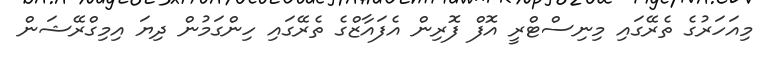
މިއަހަރުގެ ތެރޭގައި މިނިސްޓްރީ އޮފް ފޮރިން އެފައާޒްގެ ތެރޭގައި ހިންގަމުން ދިޔަ އިމިގްރޭޝަން